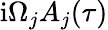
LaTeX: \mathrm{i}\Omega_{j}A_{j}(\tau)